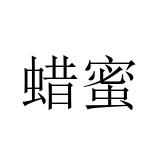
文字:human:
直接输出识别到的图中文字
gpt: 蜡蜜